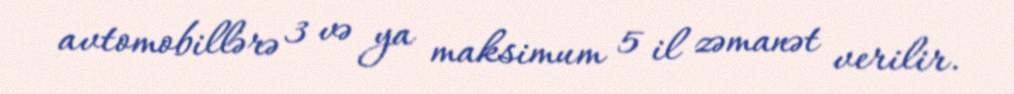
avtomobillərə 3 və ya maksimum 5 il zəmanət verilir.